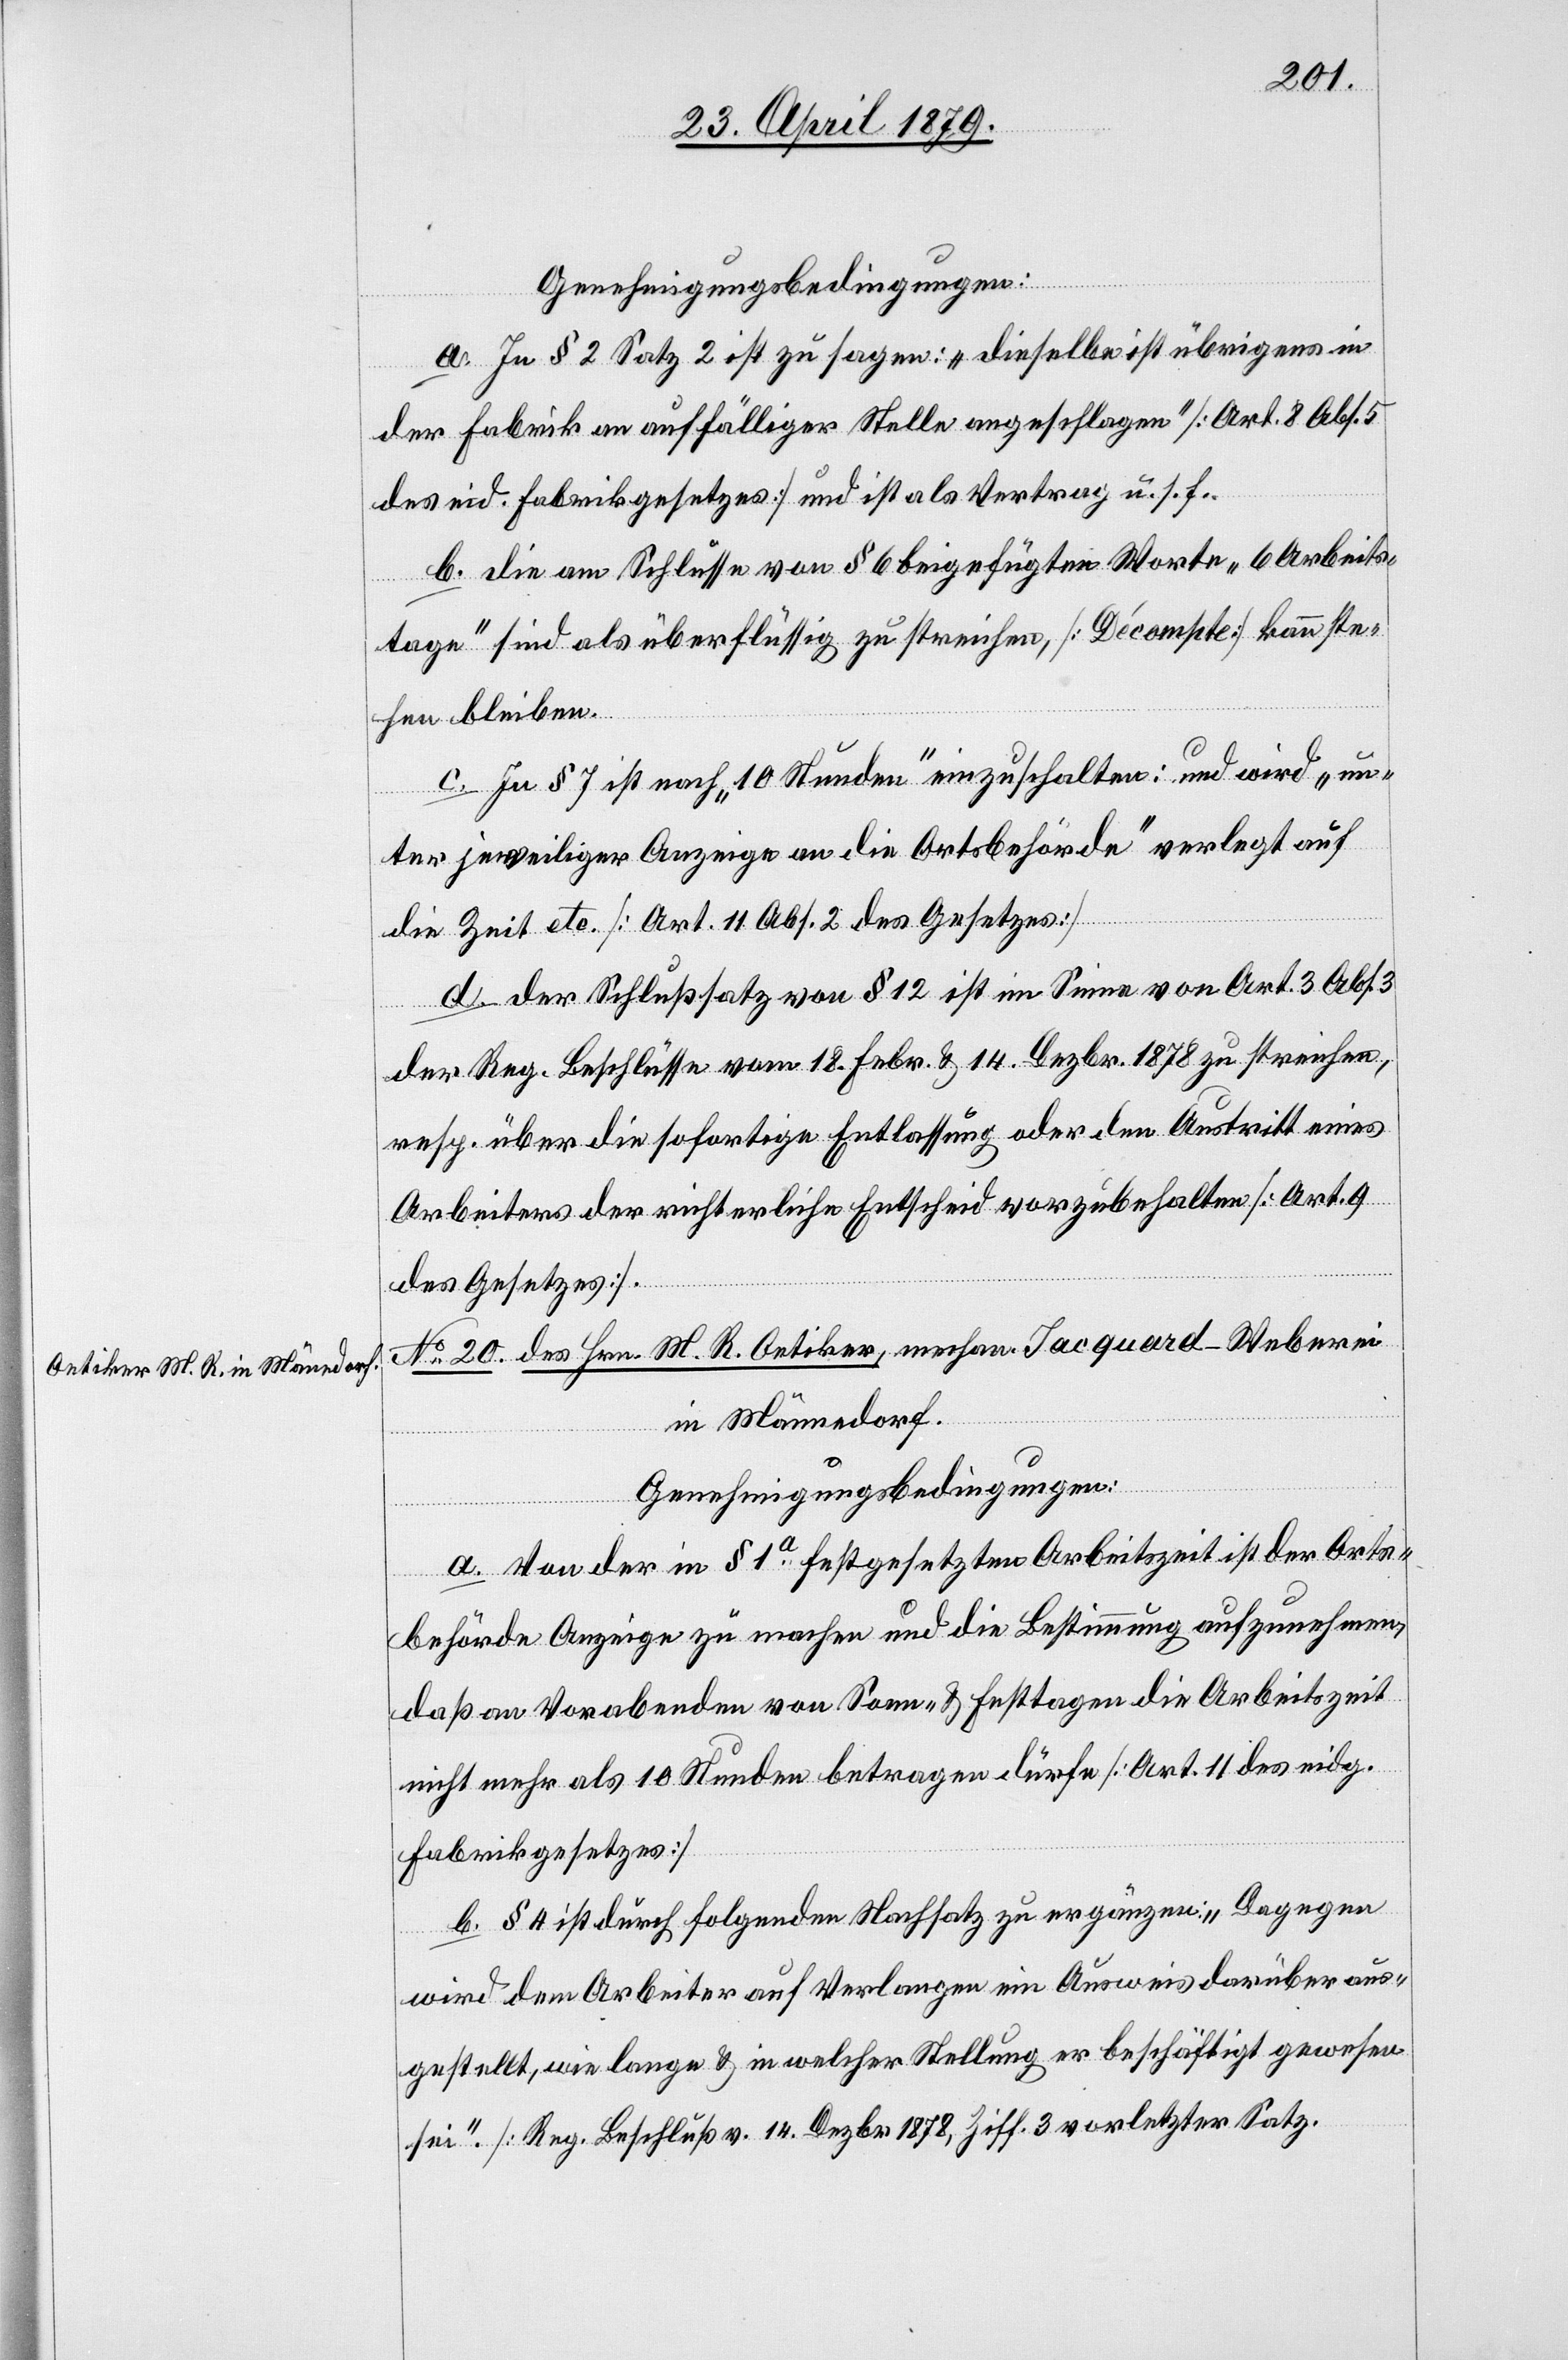
Genehmigungsbedingungen:
a. In § 2 Satz 2 ist zu sagen: „Dieselbe ist übrigens in
der Fabrik an auffälliger Stelle angeschlagen“ [Art. 8 Abs. 5
des eid. Fabrikgesetzes] und ist als Vertrag u. s. f.
b. Die am Schlusse von § 6 beigefügten Worte „6 Arbeits¬
tage“ sind als überflüssig zu streichen, [Décompte] kann ste¬
hen bleiben.
c. In § 7 ist nach „10 Stunden“ einzuschalten: und wird „un¬
ter jeweiliger Anzeige an die Ortsbehörde“ verlegt auf
die Zeit etc. [Art. 11 Abs. 2 des Gesetzes]
d. Der Schlußsatz von § 12 ist im Sinne von Art. 3 Abs.
der Reg. Beschlüsse vom 18. Febr. & 14. Dezbr. 1878 zu streichen,
resp. über die sofortige Entlassung oder den Austritt eines
Arbeiters der richterliche Entscheid vorzubehalten [Art. 9
des Gesetzes].
No 20. des Hrn. M. R. Oetiker, mechan. Jacquard-Weberei
in Männedorf.
Genehmigungsbedingungen:
a. Von der in § 1a festgesetzten Arbeitszeit ist der Orts¬
behörde Anzeige zu machen und die Bestimmung aufzunehmen,
daß an Vorabenden von Sonn- & Festtagen die Arbeitszeit
nicht mehr als 10 Stunden betragen dürfe [Art. 11 des eidg.
Fabrikgesetzes]
b. § 4 ist durch folgenden Nachsatz zu ergänzen: „Dagegen
wird dem Arbeiter auf Verlangen ein Ausweis darüber aus¬
gestellt, wie lange & in welcher Stellung er beschäftigt gewesen
sei“. [Reg. Beschluß v. 14. Dezbr. 1878, Ziff. 3 vorletzter Satz].